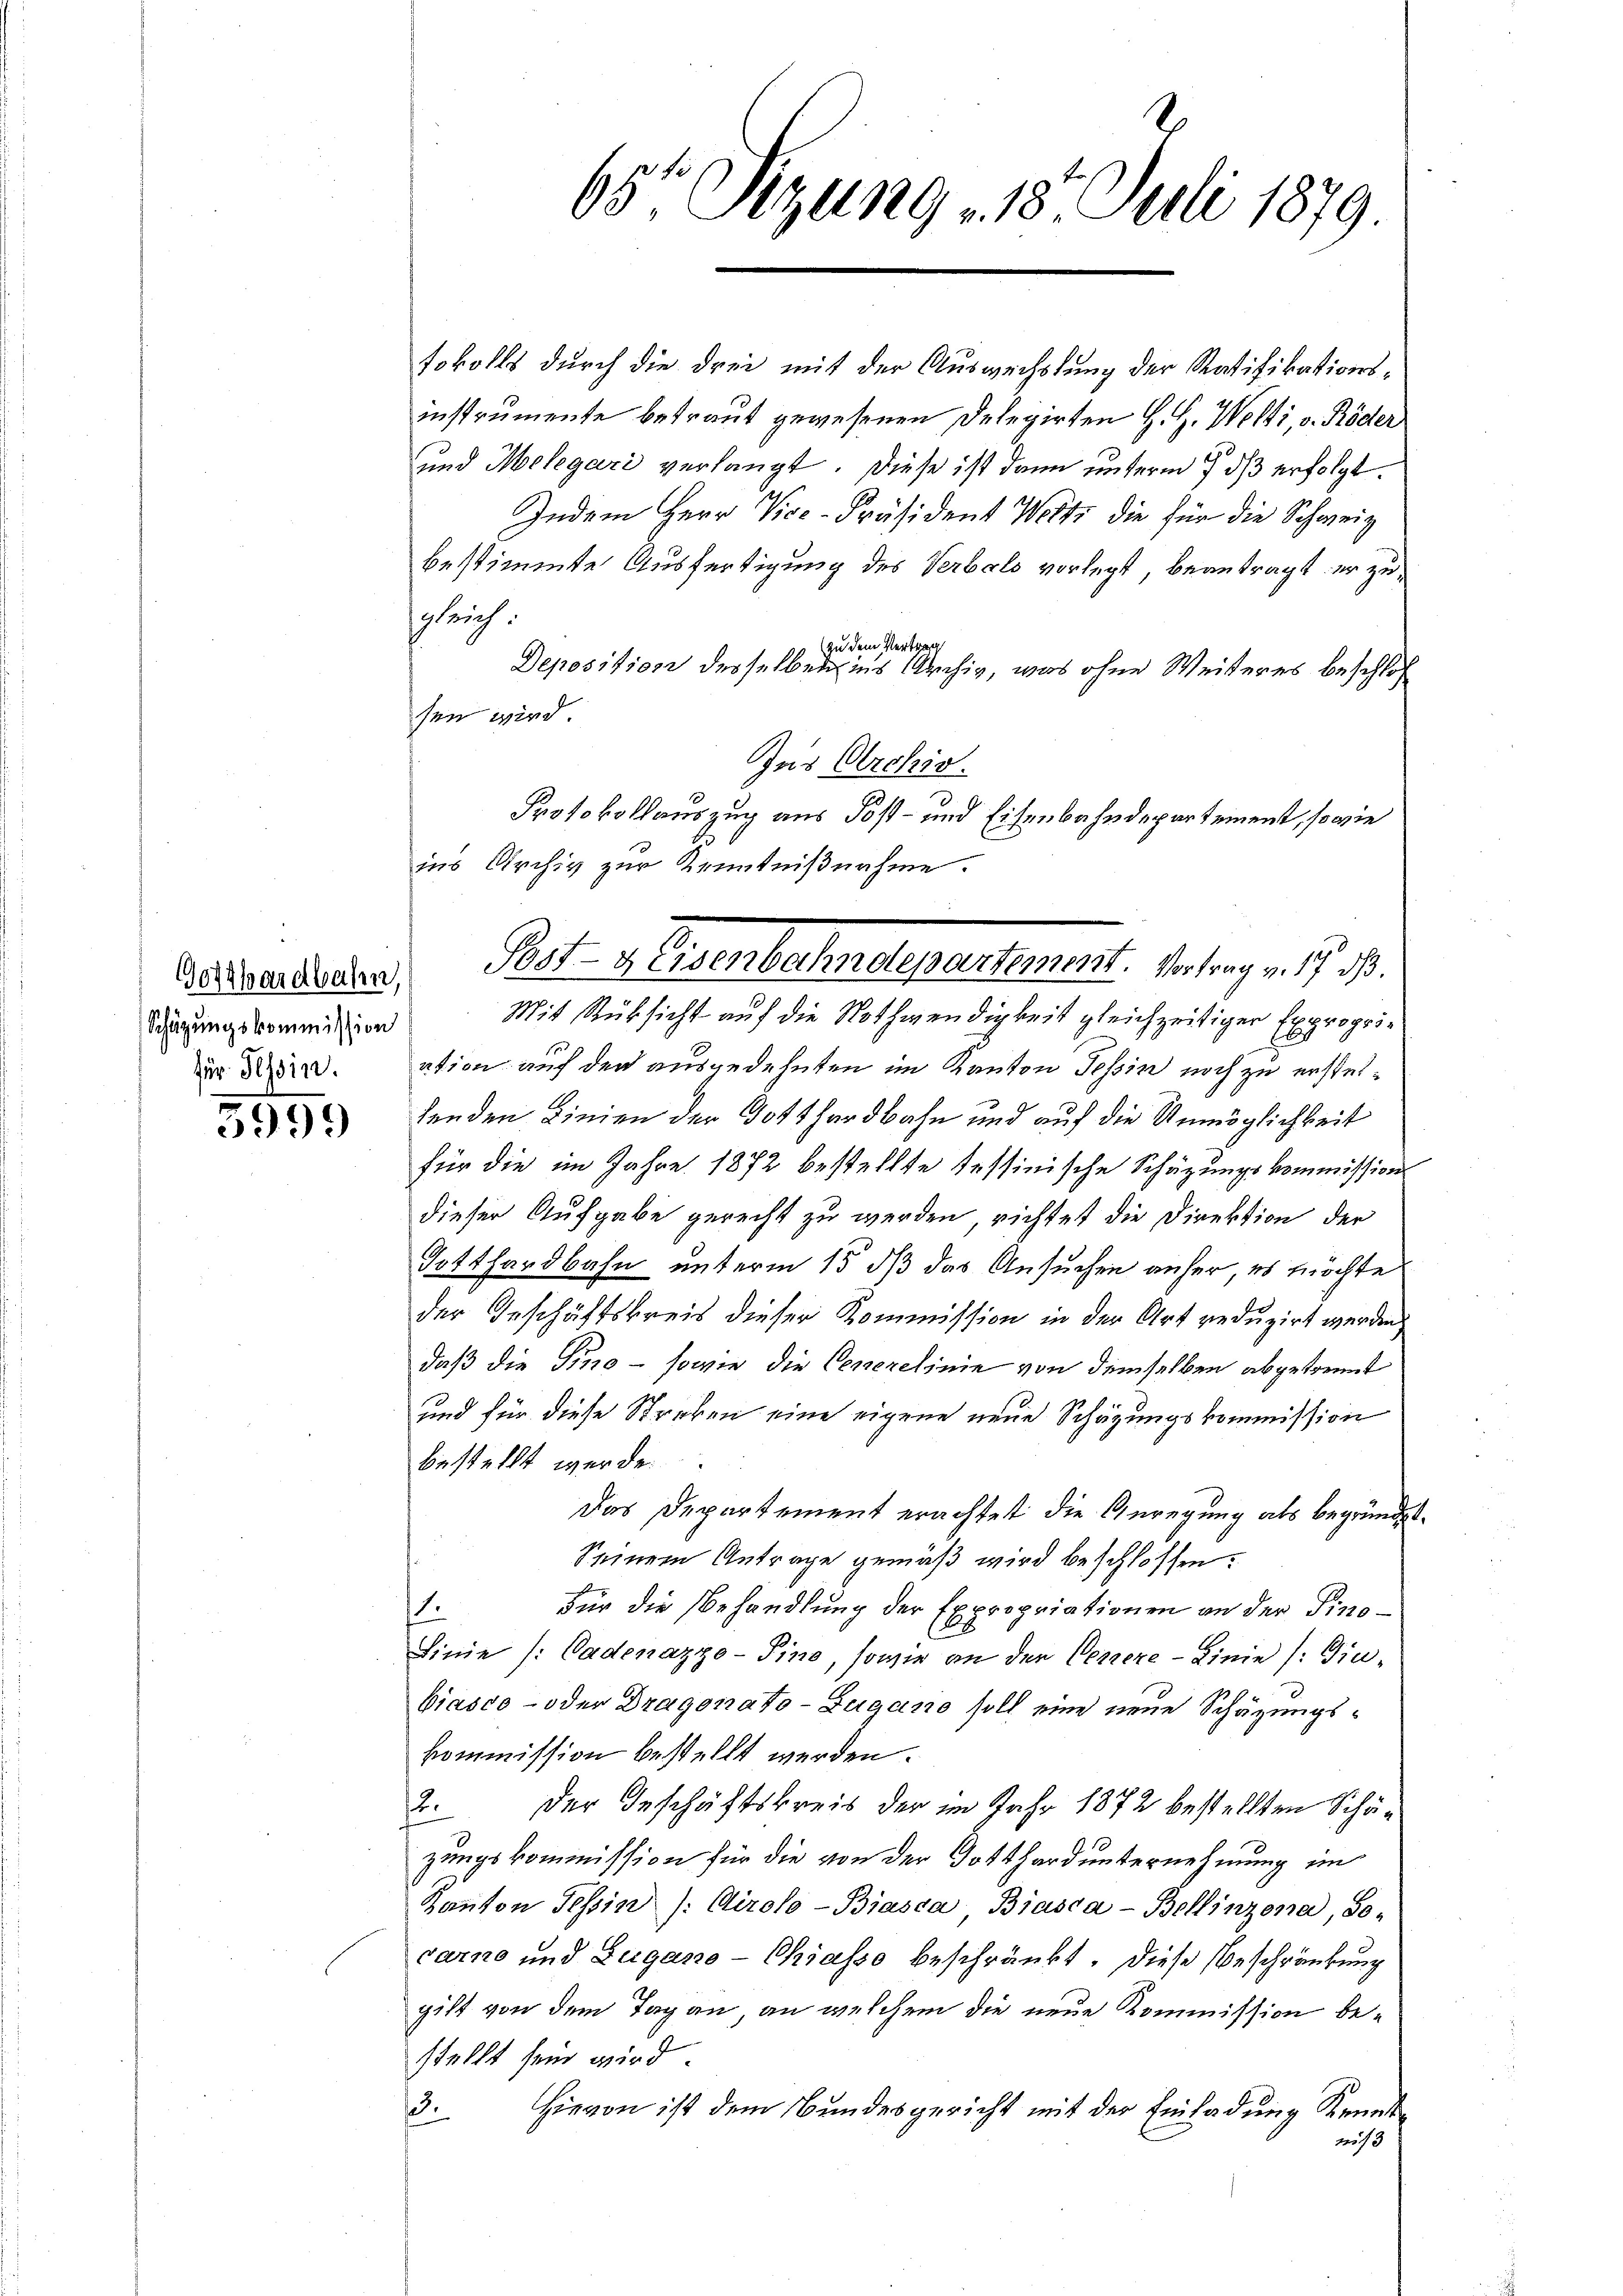
für Tessin.

5559

tokolls durch die drei mit der Auswechslung der Ratifikationsinstrumente betraut gewesenen Delegirten H. H. Welti, v. Röder
und Melegari verlangt. Diese ist dann unterm 7 dß erfolgt.
Indem Herr Vice-Präsident Welti die für die Schweiz
bestimmte Ausfertigung des Verbald vorlegt, beantragt er zulrich.
zu dem Vertrag
Deposition desselben ins Archiv, was ohne Weiteres beschloß
sen wird
Zus Archiv.
Sirungskommission Mit Rüksicht auf die Nothwendigkeit gleichzeitiger Exproprie
ation auf der ausgedehnten im Kanton Tessin noch zu ersteltenden Linien der Gotthardbahn und auf die Unmöglichkeit
für die im Jahre 1872 bestellte Tessinische Schätzungskommissions
dieser Aufgabe gerecht zu werden, richtet die Direktion der
Totthardbahn unterm 15. dß das Ansuchen anher, es möchte
der Geschäftskreis dieser Kommission in der Art reduzirt werden,
daß die Sino - sowie die Generelinie von demselben abgekommt
und für diese Streken eine eigene neue Schazungskommission
bestellt werde.
Das Departement erachtet die Geregung als begründet.
Seinem Antrage gemäß wird beschlossen.
s
Für die Behandlung der Expropriationen an der Fino¬
.
Linie (: Cadenazzo-Pino, sowie an der Veneze-Linie (: Gin-
biasco - oder Dragonato-Zugano soll eine neue Schäzungskommission bestellt werden.
2. Der Geschäftskreis der im Jahr 1872 bestellten Schäzungskommission für die von der Gotthard unternehmung im
Kanton Tessin /: Airolo-Biasca Biasca-Bellinzona, So-
carno und Zugano-Chiasso beschränkt. Diese Beschränkung
gift von dem Tag an, an welchem die neue Kommission bestellt sein wird.
Hievon ist dem Bundesgericht mit der Einladung Kennt¬
.
213

65te Sitzung 18. Juli 1879.

Protokollauszug aus Post- und Eisenbahndepartement, sowie
ins Archiv zur Kenntnißnahme.
Desidendenden Post- & Eisenbahndepartement. Vertrag v. 17. d.